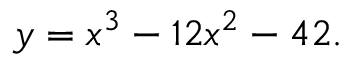
y = x ^ { 3 } - 1 2 x ^ { 2 } - 4 2 .